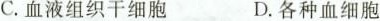
C.血液组织干细胞 D.各种血细胞